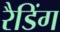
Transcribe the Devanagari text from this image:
रैडिंग